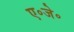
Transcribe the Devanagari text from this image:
ए॰जे॰